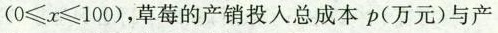
($$0 ≤ x ≤ 1 0 0$$)，草莓的产销投入总成本p(万元)与产